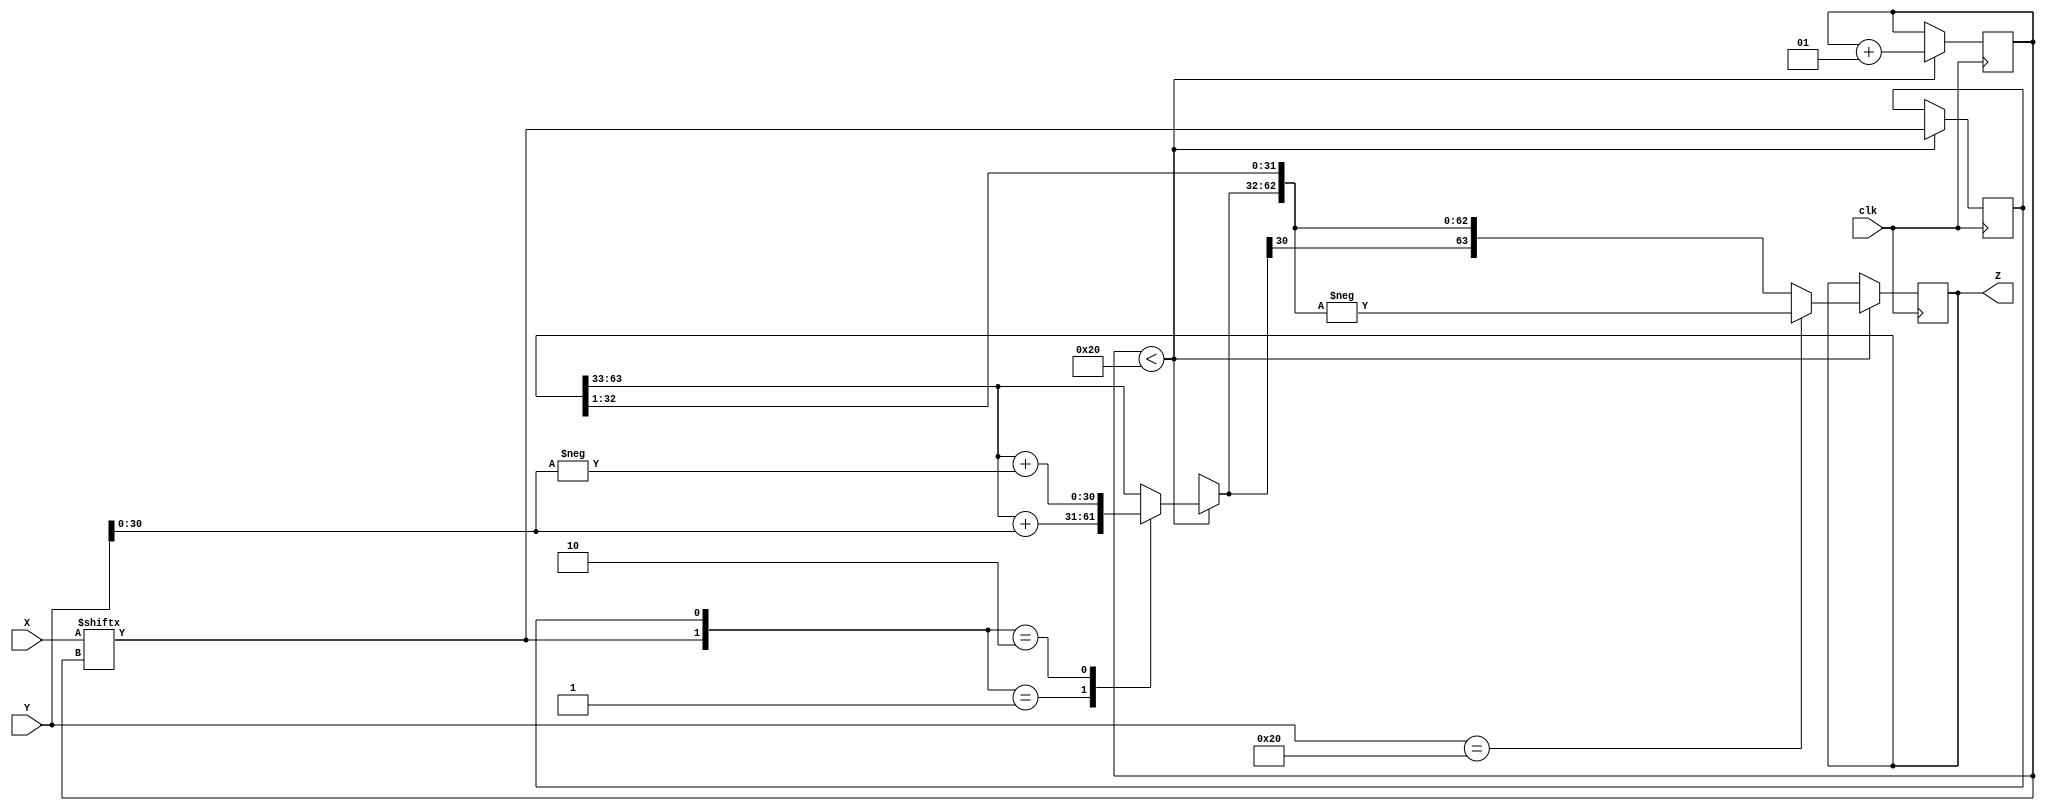
// This is the working Booth 1


module Booth(X, Y, Z, clk);
      input signed [31:0] X, Y;
		input wire clk;
       output signed [63:0] Z;
       reg signed [63:0] Z;
       reg [1:0] temp;
       integer i;
       reg E1;
       reg [31:0] Y1;
      
		 
       initial begin
       Z = 63'd0;
       E1 = 1'b0;
		 i=0;
		 end
		  always @ (X, Y );
       //for (i = 0; i < 4; i = i + 1) begin
		  always @ (posedge clk )
		  begin 
		  
		 if (i<32) begin
		
			temp = {X[i], E1};
			Y1 = - Y;
			case (temp)
				2'd1 : Z [63 : 33] = Z [63: 33] + Y; // if pair is "01" add Y
				2'd2 : Z [63 : 33] = Z [63: 33] + Y1;  // if pair is "10" add -Y
			default : begin end // if "00" or "11" keep the pre existing 0
			endcase
		 
			Z = Z >> 1; // shift over 16 bits to "lock: in another bit
       
			Z[63] = Z[62]; // sign extend last bit after shift 
      
			E1 = X[i]; //shift over left side of bit pair by 1
       
			if (Y == 32'd32)begin
               Z = - Z;
			end
			i=i+1; // increase index by 1 
			
		 
		end
	end 
       
endmodule